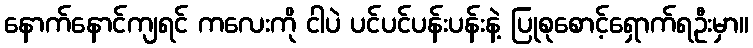
နောက်နောင်ကျရင် ကလေးကို ငါပဲ ပင်ပင်ပန်းပန်းနဲ့ ပြုစုစောင့်ရှောက်ရဦးမှာ။